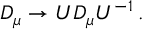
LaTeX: D _ { \mu } \rightarrow U D _ { \mu } U ^ { - 1 } \, { . }